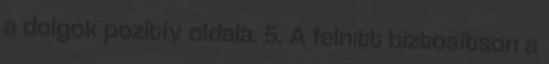
a dolgok pozitív oldala. 5. A felnıtt biztosítson a